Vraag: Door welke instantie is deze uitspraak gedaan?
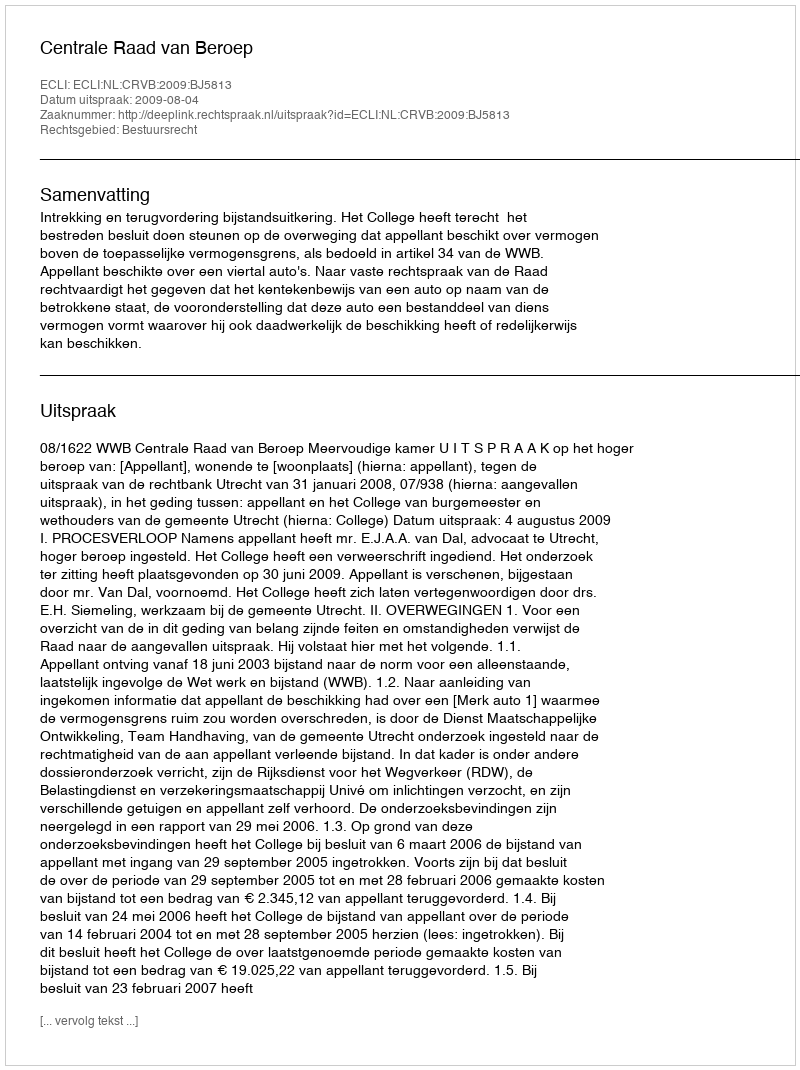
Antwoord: Centrale Raad van Beroep